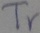
Text: Tr